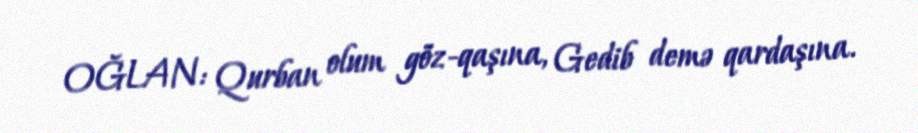
OĞLAN: Qurban olum göz-qaşına, Gedib demə qardaşına.